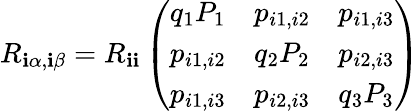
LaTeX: R_{\mathbf{i}\alpha,\mathbf{i}\beta}=R_{\mathbf{i}\mathbf{i}}\left(\begin{array}{lll}{q_{1}P_{1}}&{p_{i1,i2}}&{p_{i1,i3}}\\ {p_{i1,i2}}&{q_{2}P_{2}}&{p_{i2,i3}}\\ {p_{i1,i3}}&{p_{i2,i3}}&{q_{3}P_{3}}\end{array}\right)